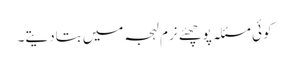
کوئی مسئلہ پوچھئے نرم لہجہ میں بتادیتے۔